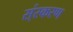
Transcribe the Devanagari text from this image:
स्ंस्करण